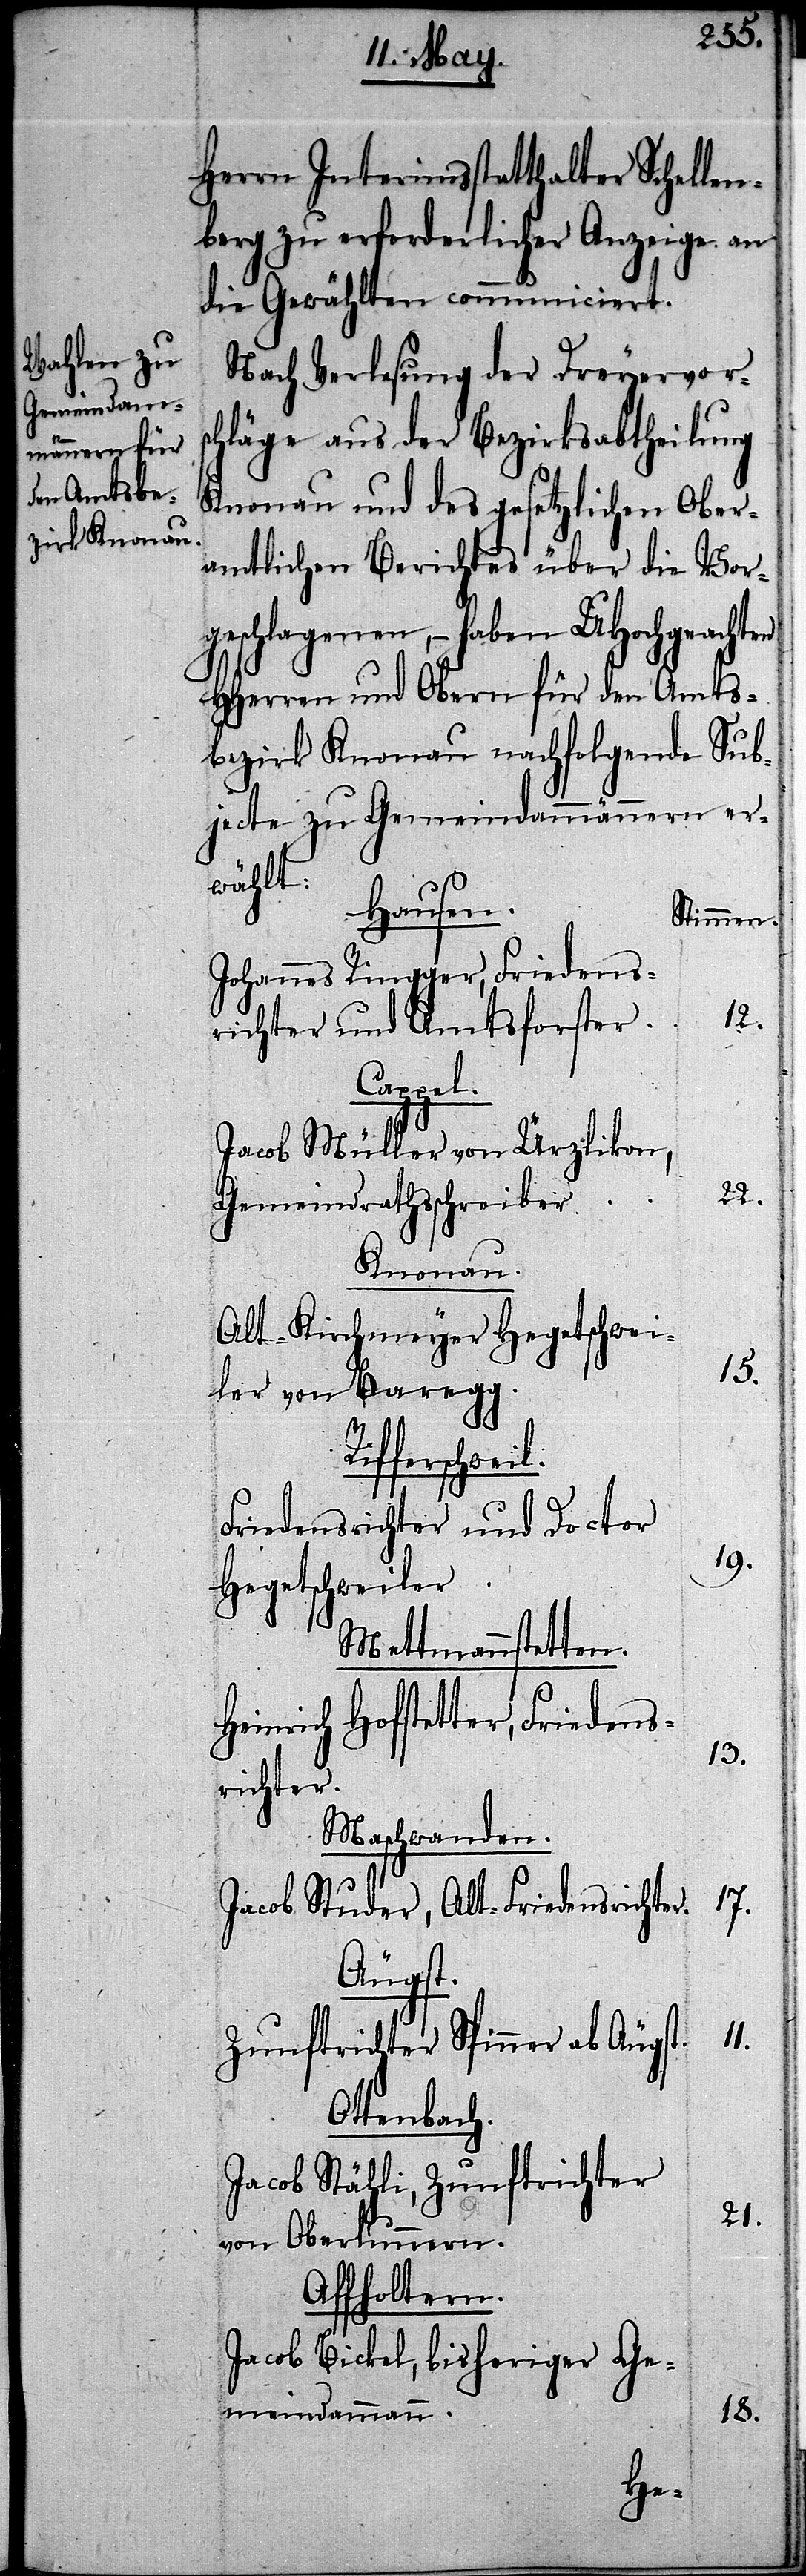
Herrn Interimsstatthalter Schellen¬
berg zu erforderlicher Anzeige an
die Gewählten communiciert.
Nach Verlesung der Dreyervorsc¬
hläge aus der Bezirksabtheilung
Knonau und des gesetzlichen Ober¬
amtlichen Berichtes über die Vor¬
geschlagenen, – haben UHochgeachten
HHerren und Obern für den Amts¬
bezirk Knonau nachfolgende Sub¬
jecte zu Gemeindammännern er¬
wählt:
Hausen.
Stimmen.
Johannes Ringger, Friedens¬
12.
richter und Amtsforster.
Cappel.
Jacob Müller von Ürzlikon,
22.
Gemeindrathsschreiber.
Knonau.
Alt-Kirchmeyer Hegetschwei¬
15.
ler von Baregg.
fferschweil.
Friedensrichter und Doctor
19.
Hegetschweiler
Mettmennstetten.
Heinrich Hofstetter, Friedens¬
13.
richter.
Maschwanden.
17.
Jacob Studer, Alt-Friedensrichter.
Äugst.
11.
Zunftrichter Spinner ab Äugst.
Ottenbach.
Jacob Stähli, Zunftrichter
21.
von Oberlummern.
Affholtern.
Jacob Bickel, bisheriger Ge¬
18.
meindammann.
Ri¬